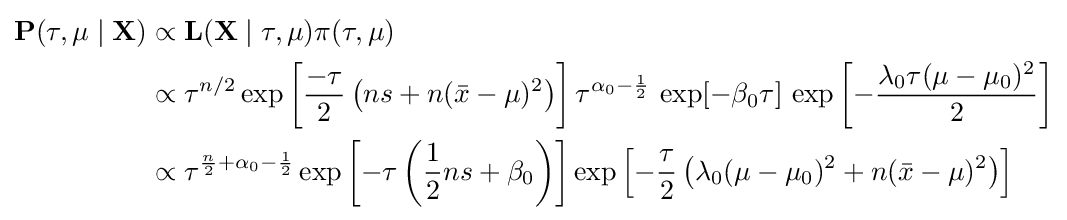
{\begin{aligned}\mathbf {P} (\tau ,\mu \mid \mathbf {X} )&\propto \mathbf {L} (\mathbf {X} \mid \tau ,\mu )\pi (\tau ,\mu )\\&\propto \tau ^{n/2}\exp \left[{\frac {-\tau }{2}}\left(ns+n({\bar {x}}-\mu )^{2}\right)\right]\tau ^{\alpha _{0}-{\frac {1}{2}}}\,\exp[{-\beta _{0}\tau }]\,\exp \left[-{\frac {\lambda _{0}\tau (\mu -\mu _{0})^{2}}{2}}\right]\\&\propto \tau ^{{\frac {n}{2}}+\alpha _{0}-{\frac {1}{2}}}\exp \left[-\tau \left({\frac {1}{2}}ns+\beta _{0}\right)\right]\exp \left[-{\frac {\tau }{2}}\left(\lambda _{0}(\mu -\mu _{0})^{2}+n({\bar {x}}-\mu )^{2}\right)\right]\end{aligned}}